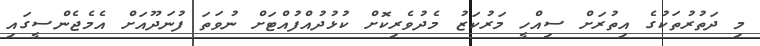
މި ދަތުުރުތަކުގެ އިތުރަށް ސިއްހީ މަރުކަޒު މެދުވެރިކޮށް ކުޅުދުއްފުއްޓަށް ނުވަތަ ފުނަދޫއަށް އެމެޖެންސީގައި